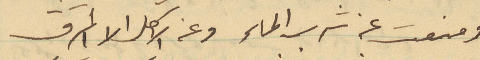
ومنعت عن شرب الماء وعن الاكل الا المرق